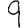
Digit: 9